Indian journal of veterinary science and animal husbandry - Volume 13,
Year: 1943
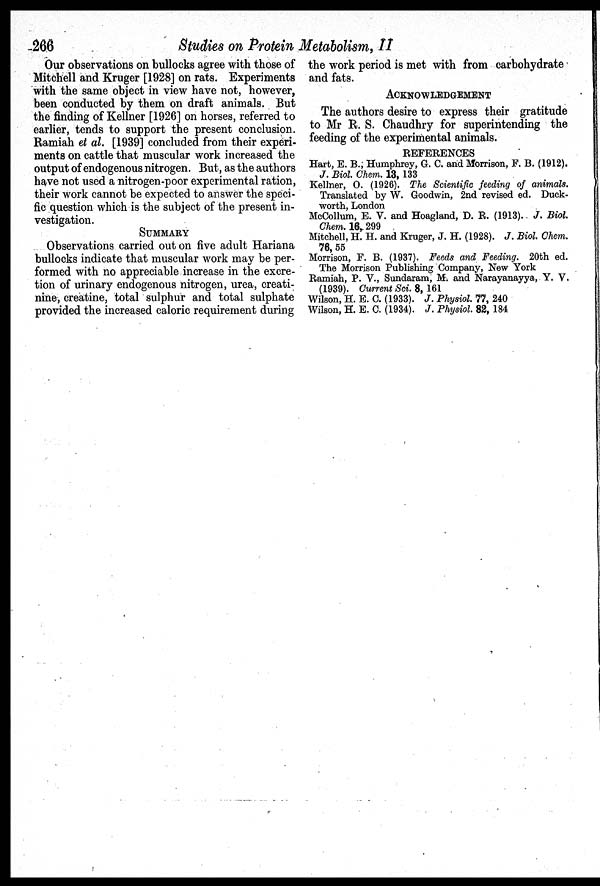
266
Studies on Protein Metabolism, II
Our observations on bullocks agree with those of
Mitchell and Kruger [1928] on rats. Experiments
with the same object in view have not, however,
been conducted by them on draft animals. But
the finding of Kellner [1926] on horses, referred to
earlier, tends to support the present conclusion.
Ramiah et al. [1939] concluded from their experi-
ments on cattle that muscular work increased the
output of endogenous nitrogen. But, as the authors
have not used a nitrogen-poor experimental ration,
their work cannot be expected to answer the speci-
fic question which is the subject of the present in-
vestigation.
SUMMARY
Observations carried out on five adult Hariana
bullocks indicate that muscular work may be per-
formed with no appreciable increase in the excre-
tion of urinary endogenous nitrogen, urea, creati-
nine, creatine, total sulphur and total sulphate
provided the increased caloric requirement during
the work period is met with from carbohydrate
and fats.
ACKNOWLEDGEMENT
The authors desire to express their gratitude
to Mr R. S. Chaudhry for superintending the
feeding of the experimental animals.
REFERENCES
Hart, E. B., Humphrey, G. C. and Morrison, F. B. (1912).
J. Biol. Chem. 13, 133
Kellner, O. (1926). The Scientific feeding of animals.
Translated by W. Goodwin, 2nd revised ed. Duck-
worth, London
McCollum, E. V. and Hoagland, D. R. (1913). J. Biol.
Chem. 16, 299
Mitchell, H. H. and Kruger, J. H. (1928). J. Biol. Chem.
76, 55
Morrison, F. B. (1937). Feeds and Feeding. 20th ed.
The Morrison Publishing Company, New York
Ramiah, P. V., Sundaram, M. and Narayanayya, Y. V.
(1939). Current Sci. 8, 161
Wilson, H. E. C. (1933). J. Physiol. 77, 240
Wilson, H. E. C. (1934). J. Physiol. 82, 184